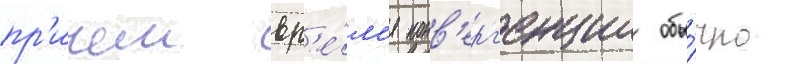
пр'ичем вр'е́м'я конв'ерг'енции обы́чно